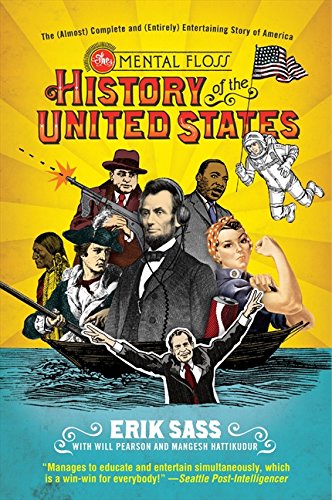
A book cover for The Mental Floss History of the United States: The (Almost) Complete and (Entirely) Entertaining Story of America; Erik Sass; Humor & Entertainment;